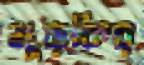
মুড়কির